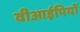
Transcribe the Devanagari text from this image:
वीआईपियों